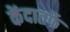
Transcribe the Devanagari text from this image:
केंदातर्फे